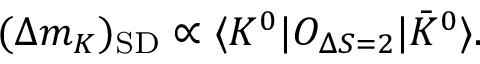
( \Delta m _ { K } ) _ { \mathrm { S D } } \propto \langle { K ^ { 0 } | O _ { \Delta S = 2 } | \bar { K } ^ { 0 } } \rangle .